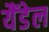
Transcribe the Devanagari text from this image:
यैंडेल